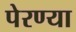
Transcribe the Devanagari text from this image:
पेरण्या